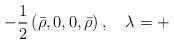
LaTeX: \begin{align*}-\frac{1}{2}\left( \bar{\rho},0,0,\bar{\rho}\right) ,\,\,\,\,\,\,\lambda =+\end{align*}